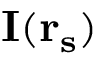
\bf { I } ( r _ { s } )